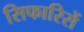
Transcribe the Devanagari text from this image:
सिफारिसें